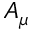
A _ { \mu }